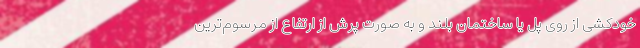
خودکشی از روی پل یا ساختمان بلند و به صورت پرش از ارتفاع از مرسوم‌ترین